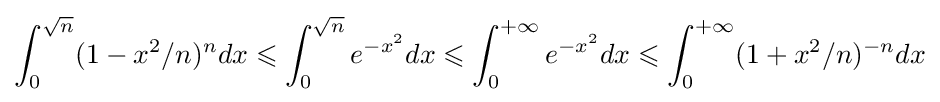
\int _{0}^{\sqrt {n}}(1-x^{2}/n)^{n}dx\leqslant \int _{0}^{\sqrt {n}}e^{-x^{2}}dx\leqslant \int _{0}^{+\infty }e^{-x^{2}}dx\leqslant \int _{0}^{+\infty }(1+x^{2}/n)^{-n}dx